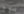
بوج